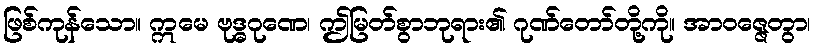
ဖြစ်ကုန်သော။ ဣမေ ဗုဒ္ဓဂုဏေ၊ ဤမြတ်စွာဘုရား၏ ဂုဏ်တော်တို့ကို။ အာဝဇ္ဇေတွာ၊